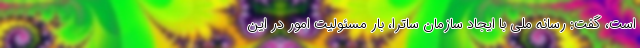
است، گفت: رسانه ملی با ایجاد سازمان ساترا، بار مسئولیت امور در این